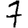
Digit: 7